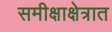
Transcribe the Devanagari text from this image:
समीक्षाक्षेत्रात